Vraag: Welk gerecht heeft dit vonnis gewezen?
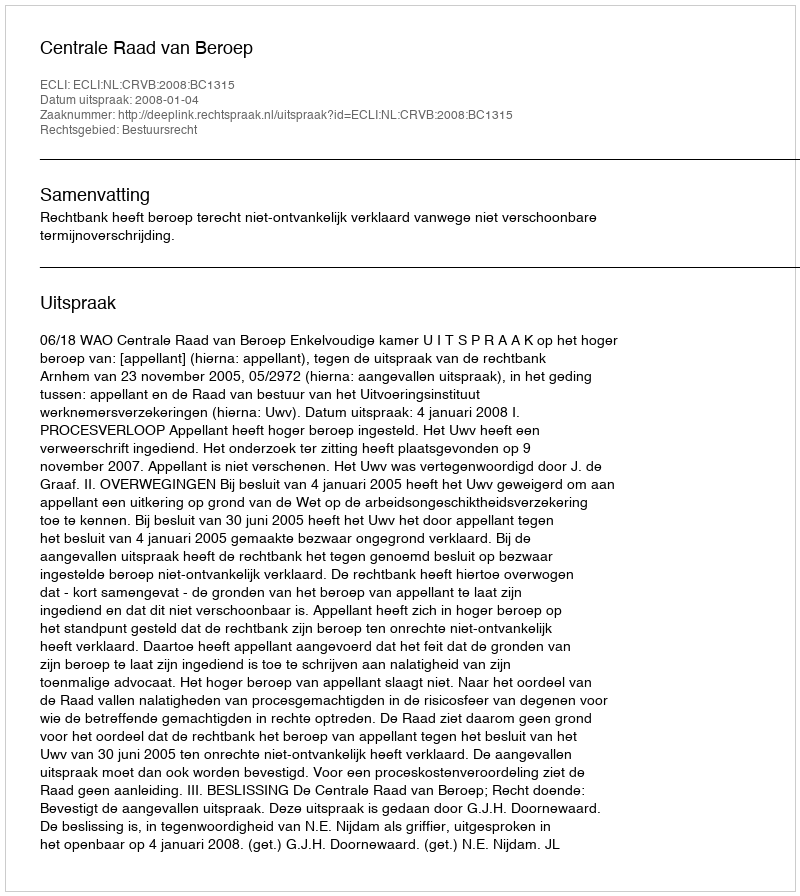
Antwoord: Centrale Raad van Beroep